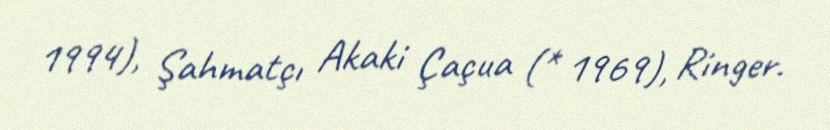
1994), Şahmatçı Akaki Çaçua (* 1969), Ringer.